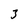
Character: 3